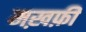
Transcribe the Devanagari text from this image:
मख़फ़ी